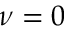
\nu = 0